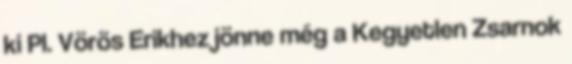
ki Pl. Vörös Erikhez jönne még a Kegyetlen Zsarnok